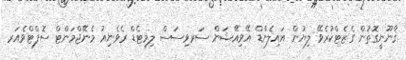
ޤާނޫނީގޮތުން ގެޒެޓްކުރެވޭ ލިޔުން އައިލެންޑް އޭވިއޭޝަން ސަރވިސަސް ލިމިޓެޑް ރެވެނިއު މެނޭޖްމަންޓް ސޮފްޓްވެއަރ